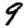
Digit: 9